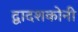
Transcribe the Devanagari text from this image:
द्वादशकोनी